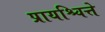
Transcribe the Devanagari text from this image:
प्रायश्चित्ते